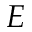
E